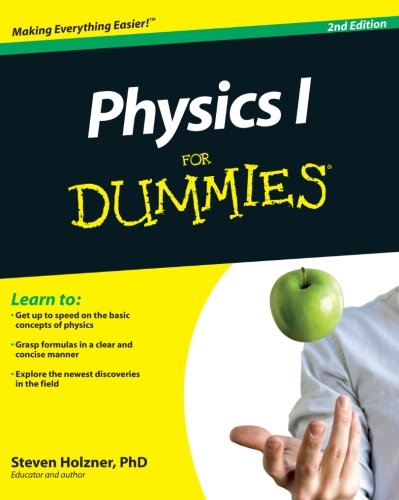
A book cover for Physics I For Dummies; Steven Holzner; Science & Math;